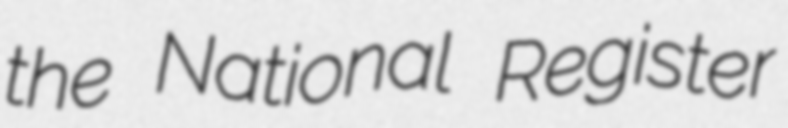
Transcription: the National Register